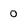
Character: O